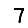
Digit: 7